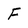
Character: F